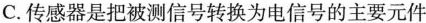
C.传感器是把被测信号转换为电信号的主要元件